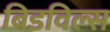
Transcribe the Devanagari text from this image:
बिडविल्स